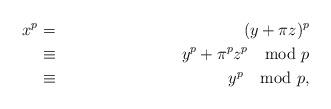
LaTeX: \begin{align*} x^p & = & (y+\pi z)^p \\ & \equiv & y^p + \pi^p z^p \mod p \\ & \equiv & y^p \mod p,\end{align*}